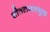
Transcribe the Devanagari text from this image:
शीतलजलयुक्त